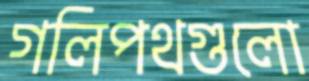
গলিপথগুলো